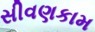
સીવણકામ